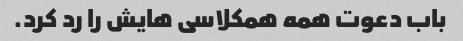
باب دعوت همه همکلاسی هایش را رد کرد.